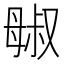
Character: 𬆷